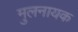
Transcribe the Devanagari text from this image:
मुलनायक